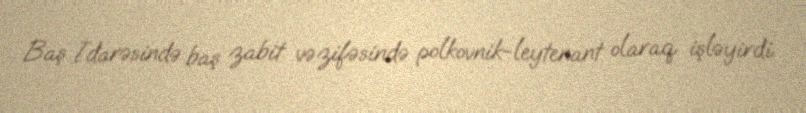
Baş İdarəsində baş zabit vəzifəsində polkovnik-leytenant olaraq işləyirdi.